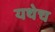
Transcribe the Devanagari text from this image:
यथेच